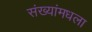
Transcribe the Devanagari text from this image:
संख्यांमधला